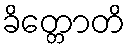
ခိတ္တောတိ